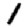
Digit: 1